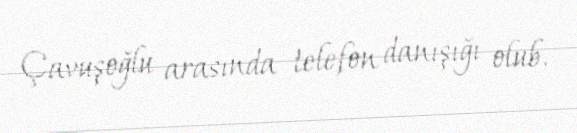
Çavuşoğlu arasında telefon danışığı olub.